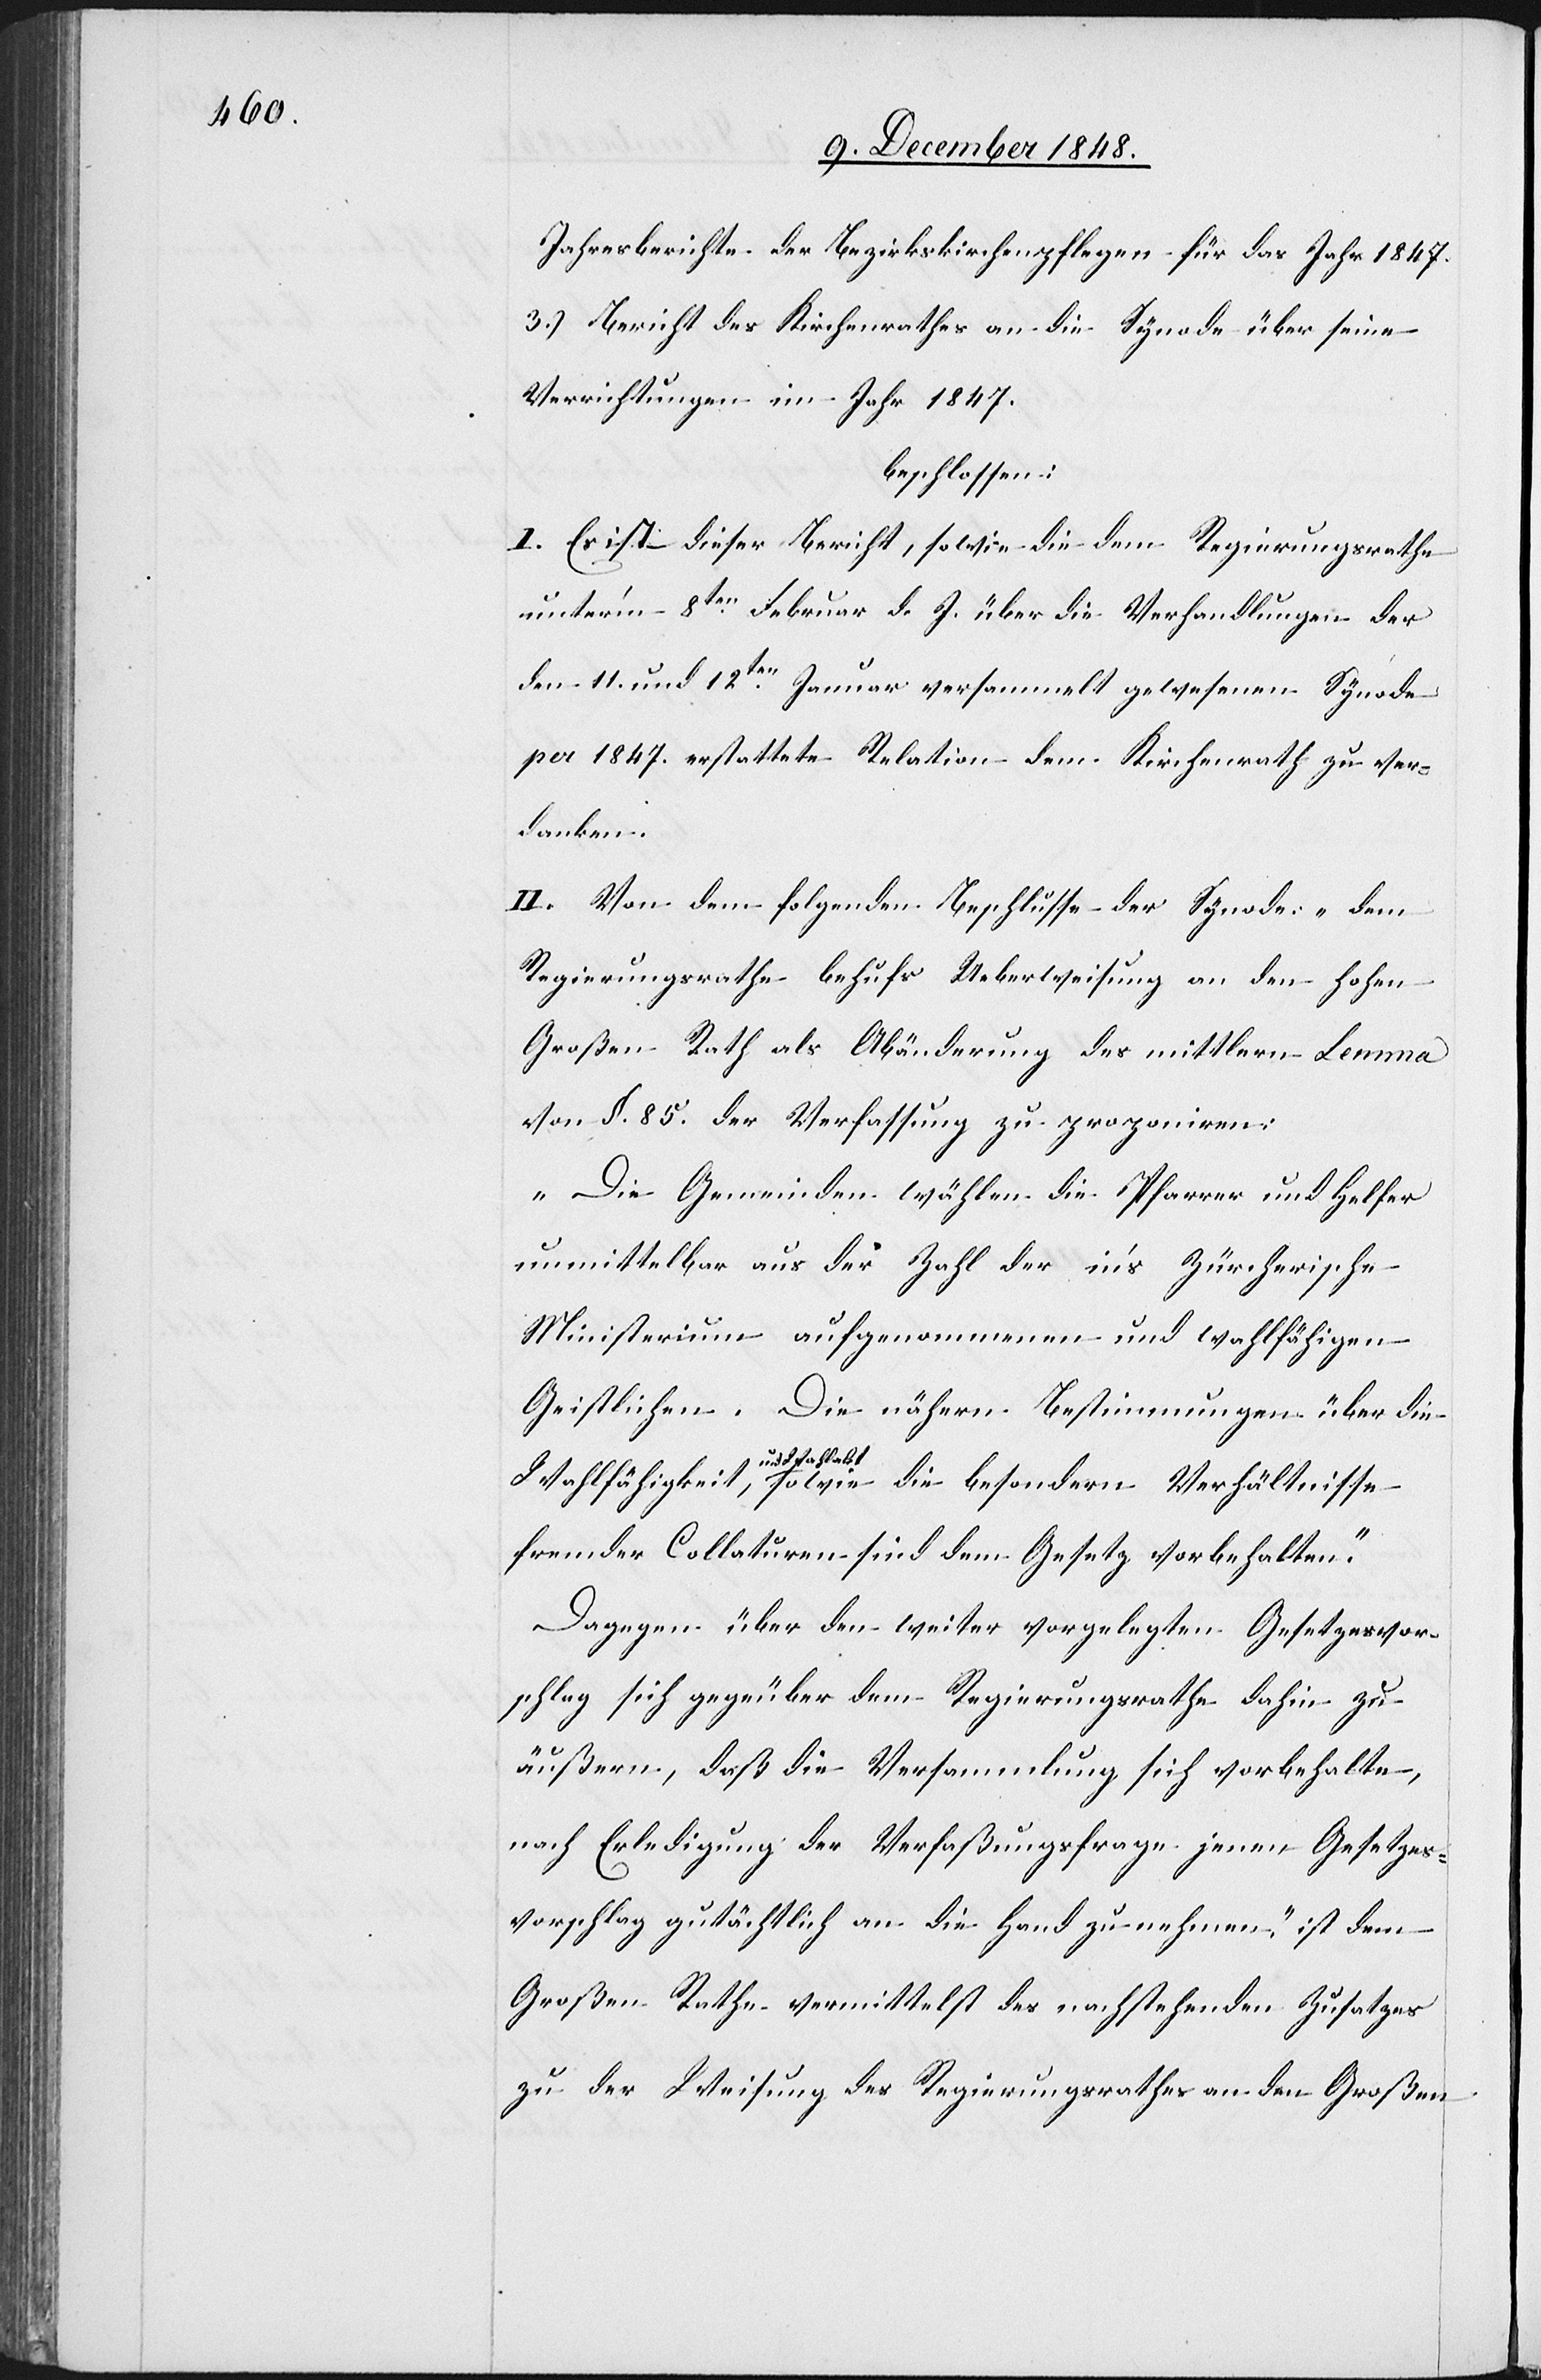
Jahresberichte der Bezirkskirchenpflegen für das Jahr 1847.
3.) Bericht des Kirchenrathes an die Synode über seine
Verrichtungen im Jahr 1847.
beschlossen:
I. Es ist dieser Bericht, sowie die dem Regierungsrathe
unter’m 8ten Februar d. J. über die Verhandlungen der
den 11. und 12ten Januar versammelt gewesenen Synode
per 1847. erstattete Relation dem Kirchenrath zu ver¬
danken.
II. Von dem folgenden Beschlusse der Synode: „Dem
Regierungsrathe behufs Ueberweisung an den hohen
Großen Rath als Abänderung der mittlern Lemma
von §. 85. der Verfassung zu proponiren:
„Die Gemeinden wählen die Pfarrer und Helfer
unmittelbar aus der Zahl der in’s Zürcherische
Ministerium aufgenommenen und wahlfähigen
Geistlichen. Die nähern Bestimmungen über die
und Wahlakt,
fremder Collaturen sind dem Gesetz vorbehalten.
Dagegen über den weiter vorgelegten Gesetzesvor¬
schlag sich gege[n]über dem Regierungsrathe dahin zu
äußern, daß die Versammlung sich vorbehalte,
nach Erledigung der Verfaßungsfrage jenen Gesetzes¬
vorschlag gutächtlich an die Hand zu nehmen“ ist dem
Großen Rathe vermittelst des nachstehenden Zusatzes
zu der Weisung des Regierungsrathes an den Großen